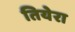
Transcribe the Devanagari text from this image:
तियेरा